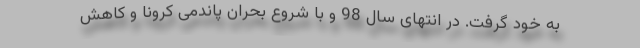
به خود گرفت. در انتهای سال 98 و با شروع بحران پاندمی کرونا و کاهش